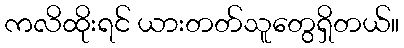
ကလိထိုးရင် ယားတတ်သူတွေရှိတယ်။